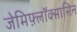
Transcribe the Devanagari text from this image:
जेमिफ़्लॉक्सासिन